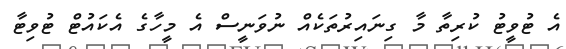
އެ ޓުވީޓު ކުރިތާ މާ ގިނައިރުތަކެއް ނުވަނީސް އެ މީހާގެ އެކައުޓް ޓުވިޓާ